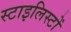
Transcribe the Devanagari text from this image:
स्टाइलिस्टों